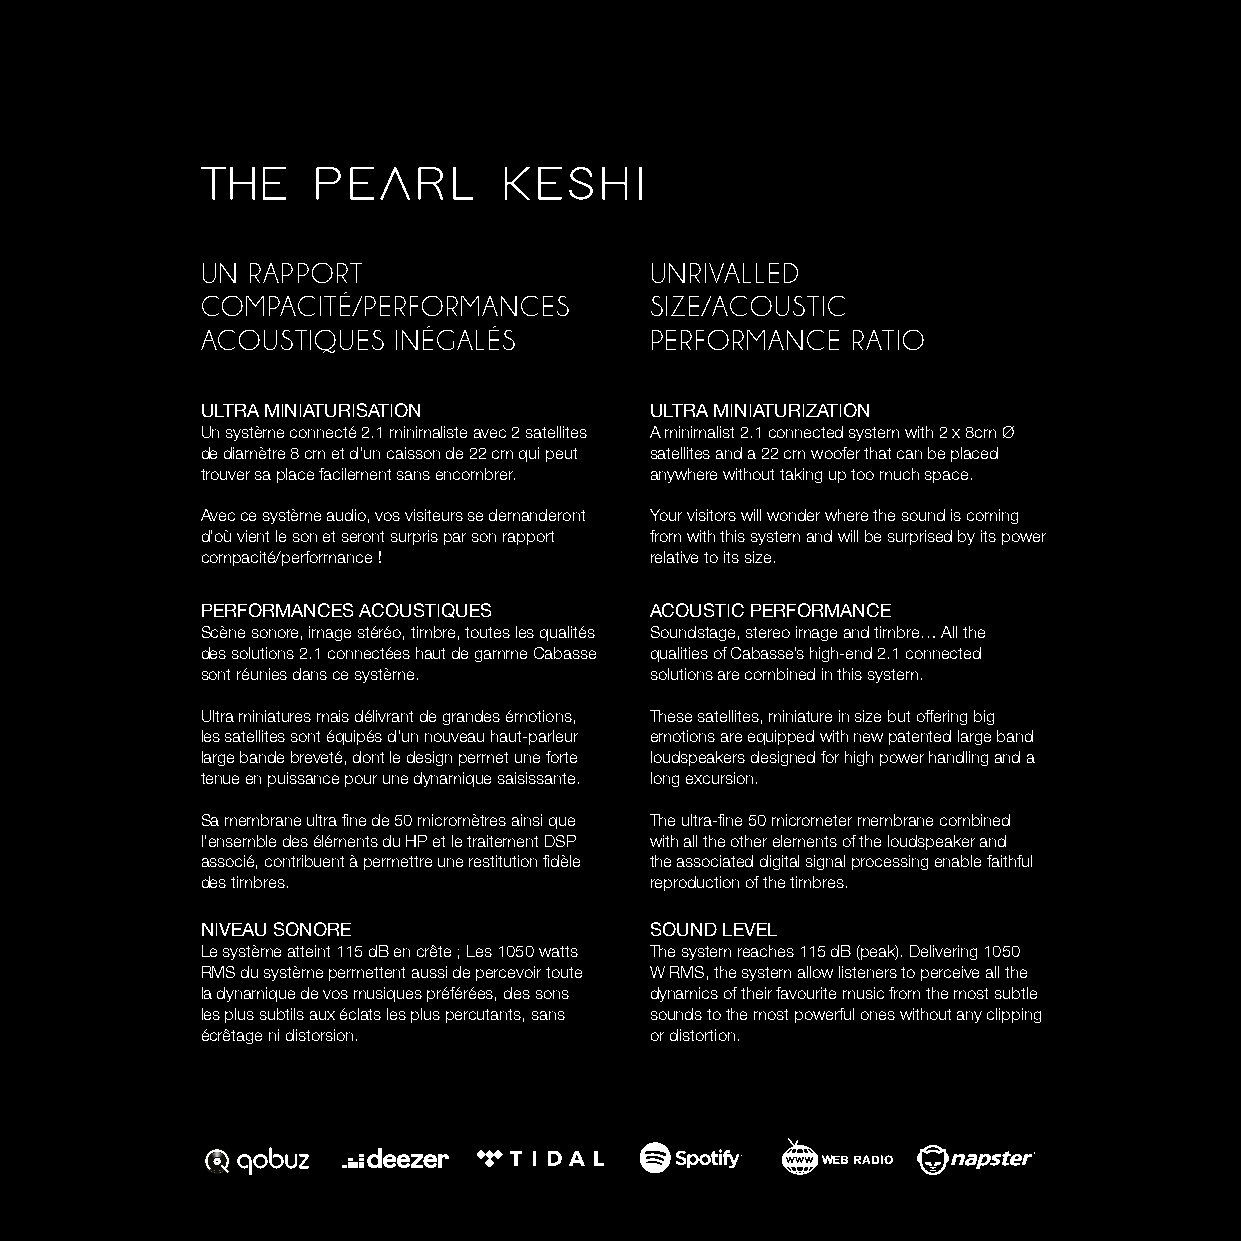
UN RAPPORT                    UNRIVALLED
 COMPACITÉ/PERFORMANCES        SIZE/ACOUSTIC
 ACOUSTIQUES  INÉGALÉS         PERFORMANCE  RATIO
 ULTRA MINIATURISATION         ULTRA MINIATURIZATION
 Un système connecté 2.1 minimaliste avec 2 satellites A minimalist 2.1 connected system with 2 x 8cm Ø
 de diamètre 8 cm et d’un caisson de 22 cm qui peut satellites and a 22 cm woofer that can be placed
 trouver sa place facilement sans encombrer. anywhere without taking up too much space.
 Avec ce système audio, vos visiteurs se demanderont Your visitors will wonder where the sound is coming
 d’où vient le son et seront surpris par son rapport from with this system and will be surprised by its power
 compacité/performance !       relative to its size.
 PERFORMANCES ACOUSTIQUES      ACOUSTIC PERFORMANCE
 Scène sonore, image stéréo, timbre, toutes les qualités Soundstage, stereo image and timbre… All the
 des solutions 2.1 connectées haut de gamme Cabasse qualities of Cabasse’s high-end 2.1 connected
 sont réunies dans ce système. solutions are combined in this system.
 Ultra miniatures mais délivrant de grandes émotions, These satellites, miniature in size but offering big
 les satellites sont équipés d’un nouveau haut-parleur emotions are equipped with new patented large band
 large bande breveté, dont le design permet une forte loudspeakers designed for high power handling and a
 tenue en puissance pour une dynamique saisissante. long excursion.
 Sa membrane ultra fine de 50 micromètres ainsi que The ultra-fine 50 micrometer membrane combined
 l’ensemble des éléments du HP et le traitement DSP with all the other elements of the loudspeaker and
 associé, contribuent à permettre une restitution fidèle the associated digital signal processing enable faithful
 des timbres.                  reproduction of the timbres.
 NIVEAU SONORE                 SOUND LEVEL
 Le système atteint 115 dB en crête ; Les 1050 watts The system reaches 115 dB (peak). Delivering 1050
 RMS du système permettent aussi de percevoir toute W RMS, the system allow listeners to perceive all the
 la dynamique de vos musiques préférées, des sons dynamics of their favourite music from the most subtle
 les plus subtils aux éclats les plus percutants, sans sounds to the most powerful ones without any clipping
 écrêtage ni distorsion.       or distortion.
 WEB RADIO